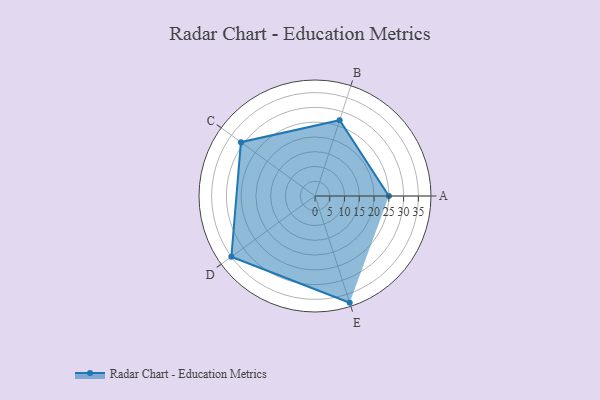
{"axis": {"x": "Skill", "y": "Score"}, "legend": ["Profile"], "data": [{"x": "A", "y": 25.0, "type": "Profile"}, {"x": "B", "y": 27.0, "type": "Profile"}, {"x": "C", "y": 31.0, "type": "Profile"}, {"x": "D", "y": 35.0, "type": "Profile"}, {"x": "E", "y": 38.0, "type": "Profile"}]}